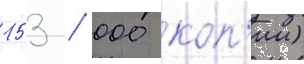
153 / 000 коп'ии)